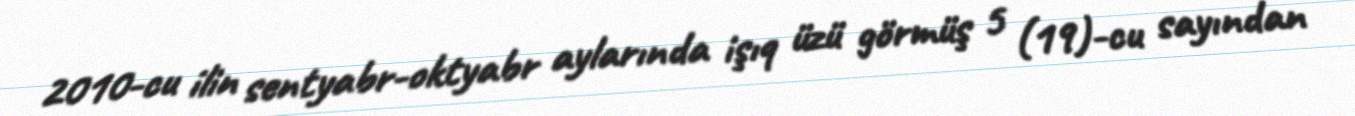
2010-cu ilin sentyabr-oktyabr aylarında işıq üzü görmüş 5 (19)-cu sayından